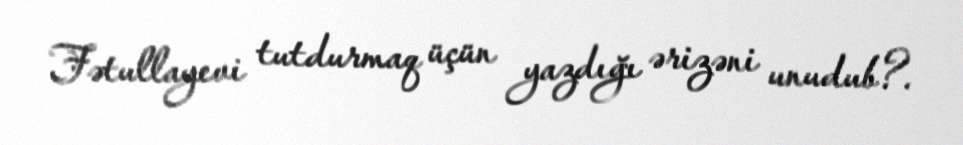
Fətullayevi tutdurmaq üçün yazdığı ərizəni unudub?.